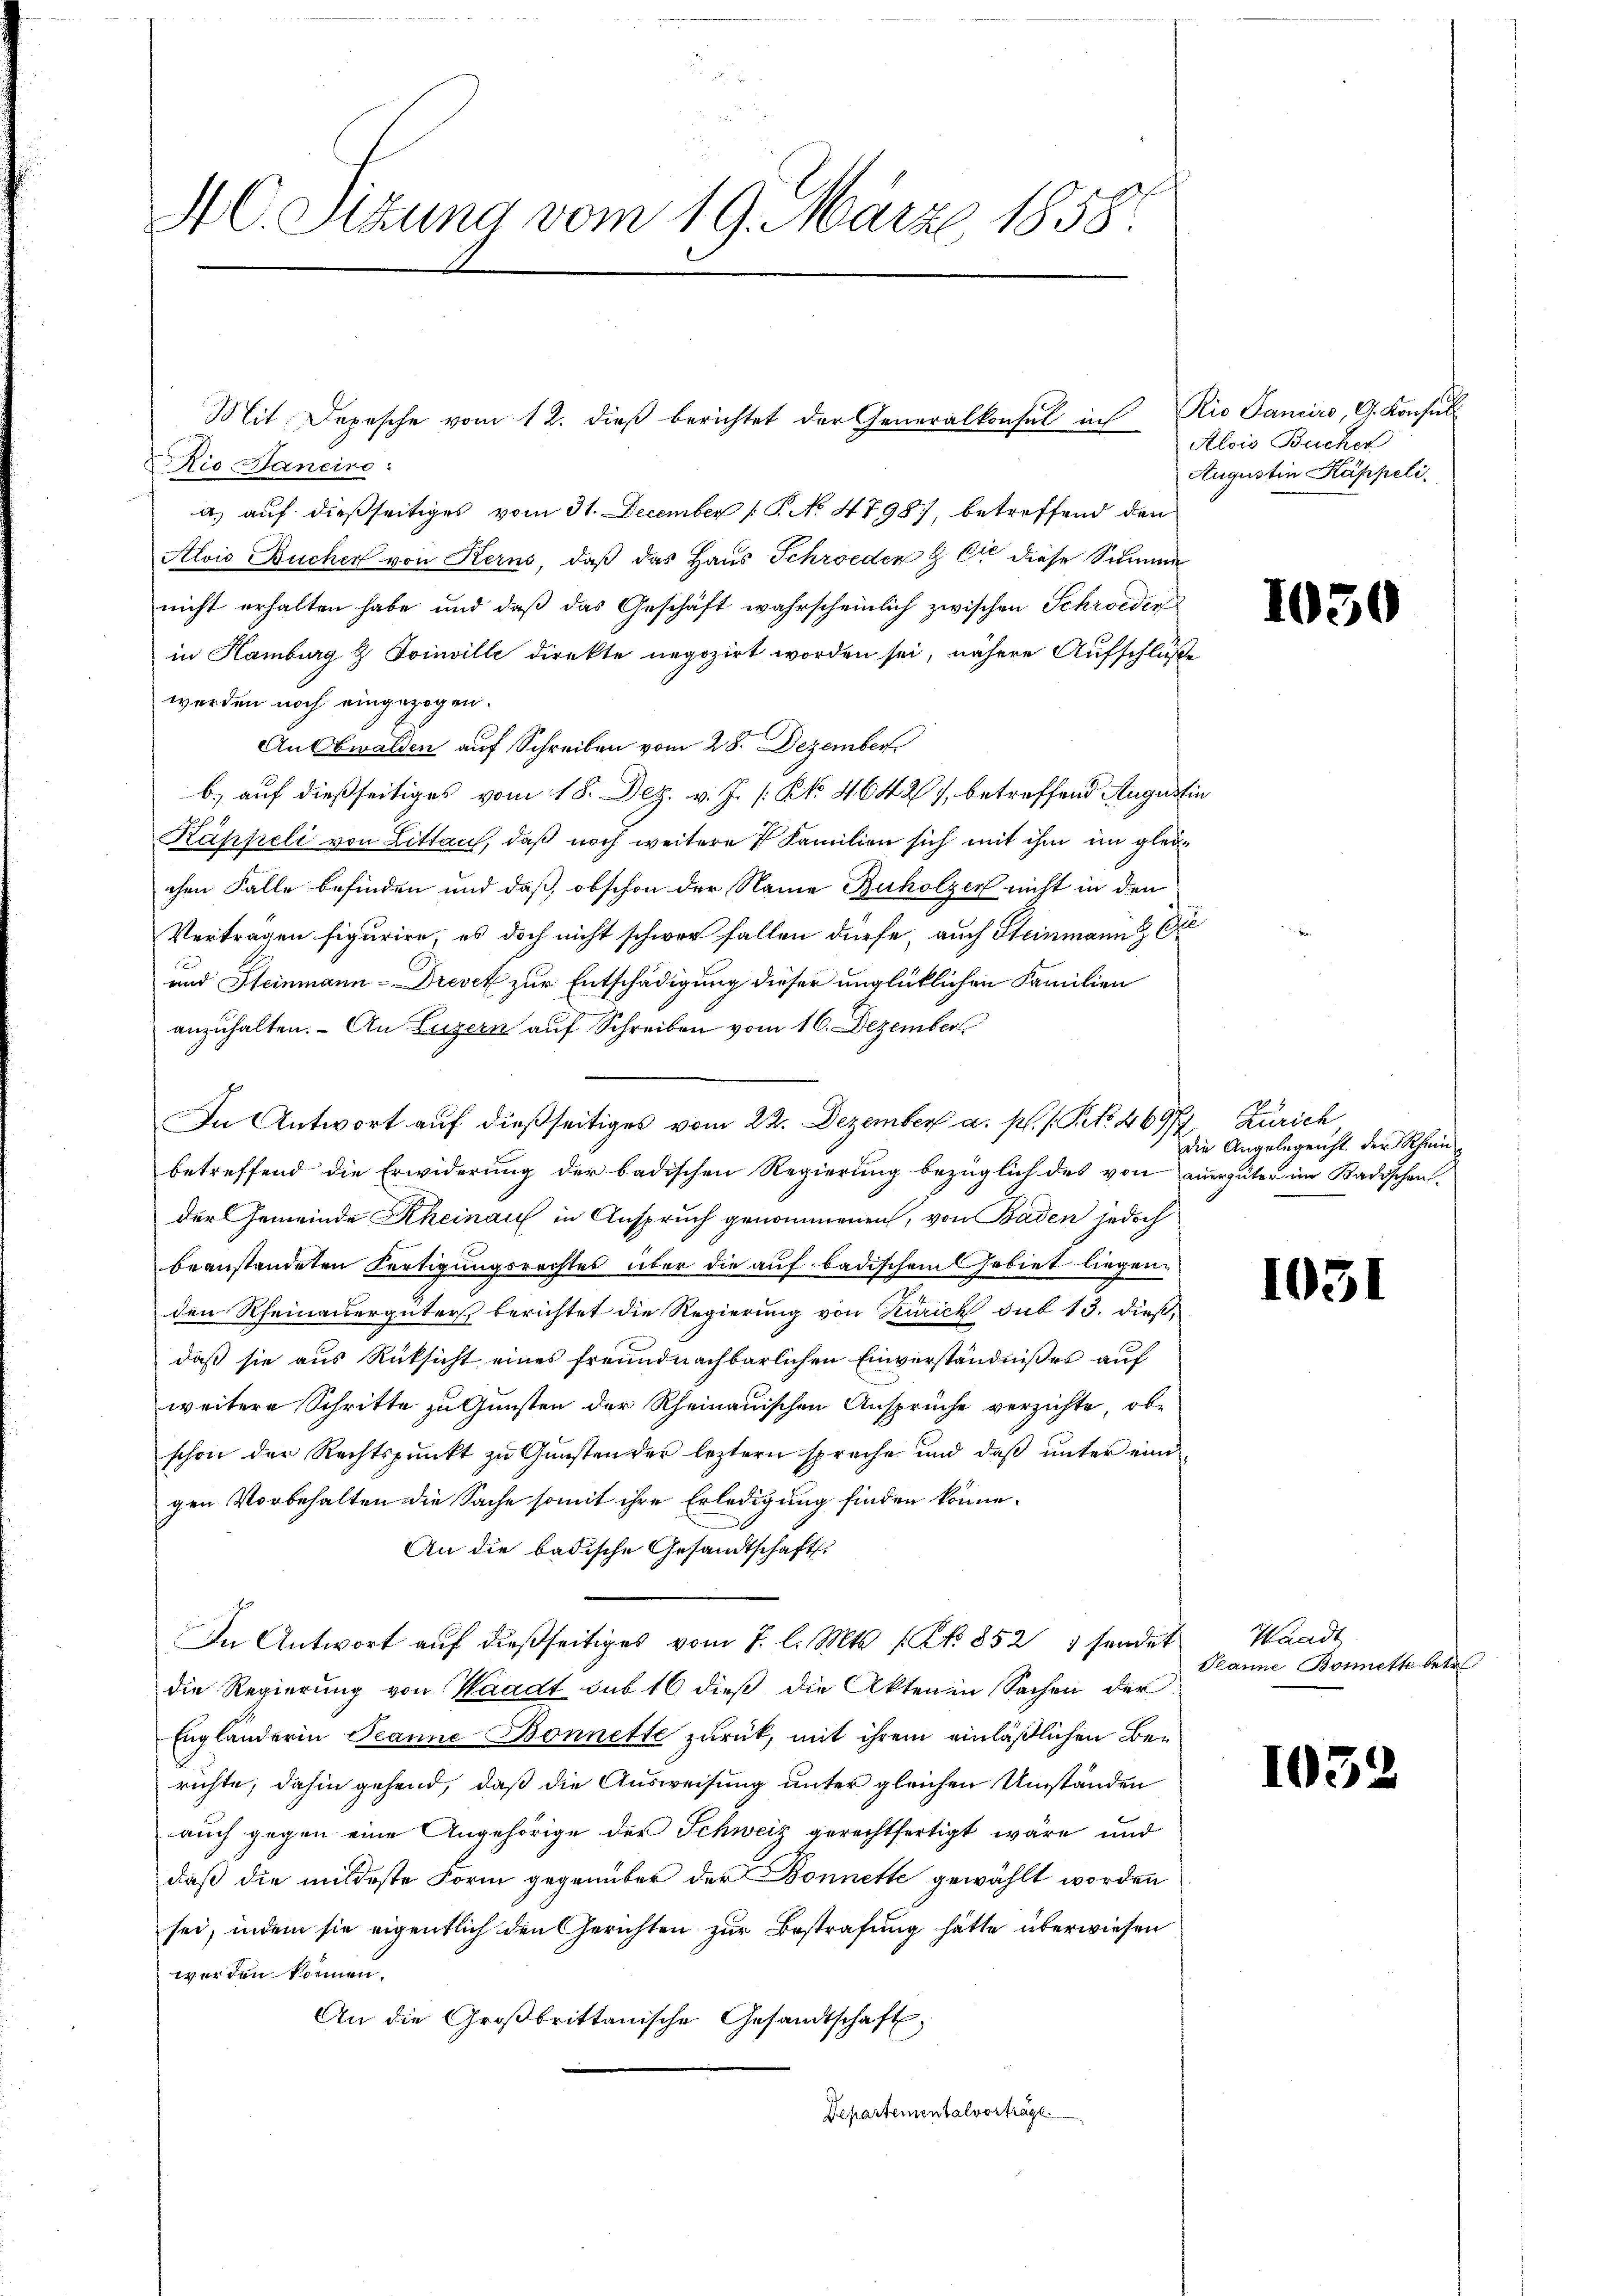
4 Sizung vom 19. März 1858.

Rio Hancire:
a) auf dießseitiges vom 31. December 1. No 4798), betreffend den
Alois Bucher von Kern, daß das Haus Schroeden & Er diese Summe
nicht erhalten habe und daß das Geschäft wahrscheinlich zwischen Schweder
in Hamburg & Toinville direkte negozirt worden sei, nähere Aufschlüße
werden noch eingezogen.
An Obwalden auf Schreiben vom 28. Dezember
b.) auf dießseitiges vom 18. Dez. v. J. /: No 4642), betreffend Augustin
Kähheli von Litten, daß noch weitere 4 Familien sich mit ihm im gleichen Falle befinden und daß obschon der Name Buholzer nicht in den
Vertragen figurire, es doch nicht schwer fallen dürfe, auch Steinmann & Exe
und Steinmann-Drevet zur Entschädigung dieser unglücklichen Familien
anzuhalten. - An Luzern auf Schreiben vom 16. Dezember
In Antwort auf dießseitiges vom 22. Dezember a. p. /. P. Nr. 46977, Zürich
betreffend die Erwiderung der badischen Regierung bezüglich des von anergüter im Badischen,
der Gemeinde Rheinau in Anspruch genommenen, von Baden jedoch
beanstandeten Fertigungsrechtes über die auf badischem Gebiet liegenden Rheinauergüter berichtet die Regierung von Zürich sub 13. dießdaß sie aus Rüksicht eines freundnachbarlichen Einverständnißes auf
weitere Schritte zu Gunsten der Rheinauischen Ansprüche verzichte, obe
schon der Rechtspunkt zu Gunsten der leztern spreche und daß unter eind
gen Vorbehalten die Sache somit ihre Erledigung finden könne.
An die badische Gesandtschaft
In Antwort aŭf dießseitiges vom 7. l. Mts. s. N. 852 5 sendet Waadt
die Regierung von Waadt sub 16 dieß die Akten ein Sachen der
Engländerin Jeanne Bonnette zurück, mit ihrem einläßlichen Berichte, dahin gehend, daß die Ausweisung unter gleichen Umständen
auch gegen eine Angehörige der Schweiz gerechtfertigt wäre und
daß die mildeste Form gegenüber der Bonnette gewählt worden
sei, indem sie eigentlich den Gerichten zur Bestrafung hätte überwiesen
werden können.
An die Großbrittanische Gesandtschaft,
Departementalvorträge.

Mit Depesche vom 12. dieß berichtet der Generalkonsul in

Rio Sanciro, G. Konsul
Alois Bucher
Augustin Kappeli.

103

Die Angelegenst der Rhein¬

103

Seanne Bonette betr.

103

¬